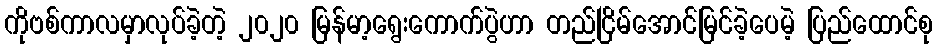
ကိုဗစ်ကာလမှာလုပ်ခဲ့တဲ့ ၂၀၂၀ မြန်မာ့ရွေးကောက်ပွဲဟာ တည်ငြိမ်အောင်မြင်ခဲ့ပေမဲ့ ပြည်ထောင်စု